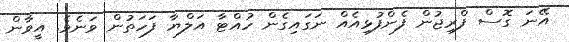
އޭނަ ގޮސް ފްރިޖުން ފެންފުޅިއެއް ނަގައިގެން ހުއްޓާ އަލްޔާ ފަހަތުން ވަނެވެ. އީވާން